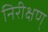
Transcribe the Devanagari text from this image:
निरीक्षण्